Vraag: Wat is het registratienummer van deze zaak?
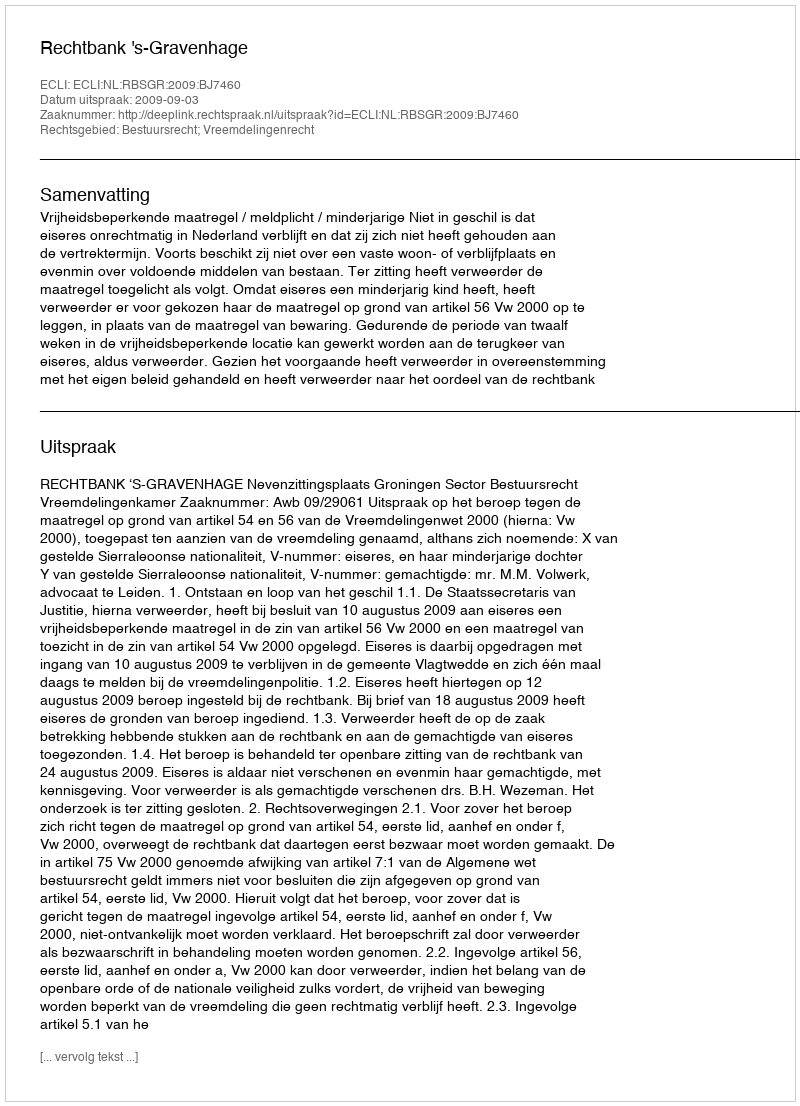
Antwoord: http://deeplink.rechtspraak.nl/uitspraak?id=ECLI:NL:RBSGR:2009:BJ7460